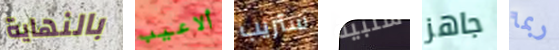
بالنهاية ألاعيب ستريب سلبية جاهز ربما